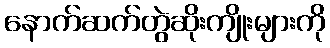
နောက်ဆက်တွဲဆိုးကျိုးများကို